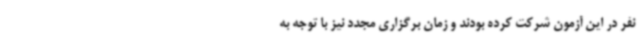
نفر در این آزمون شرکت کرده بودند و زمان برگزاری مجدد نیز با توجه به